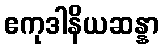
ဧကုဒါနိယဆန္နာ